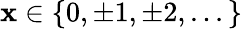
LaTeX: \mathbf{x}\in\{ 0,\pm1,\pm2,...\}